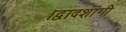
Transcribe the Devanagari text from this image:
।द्वादशांगी